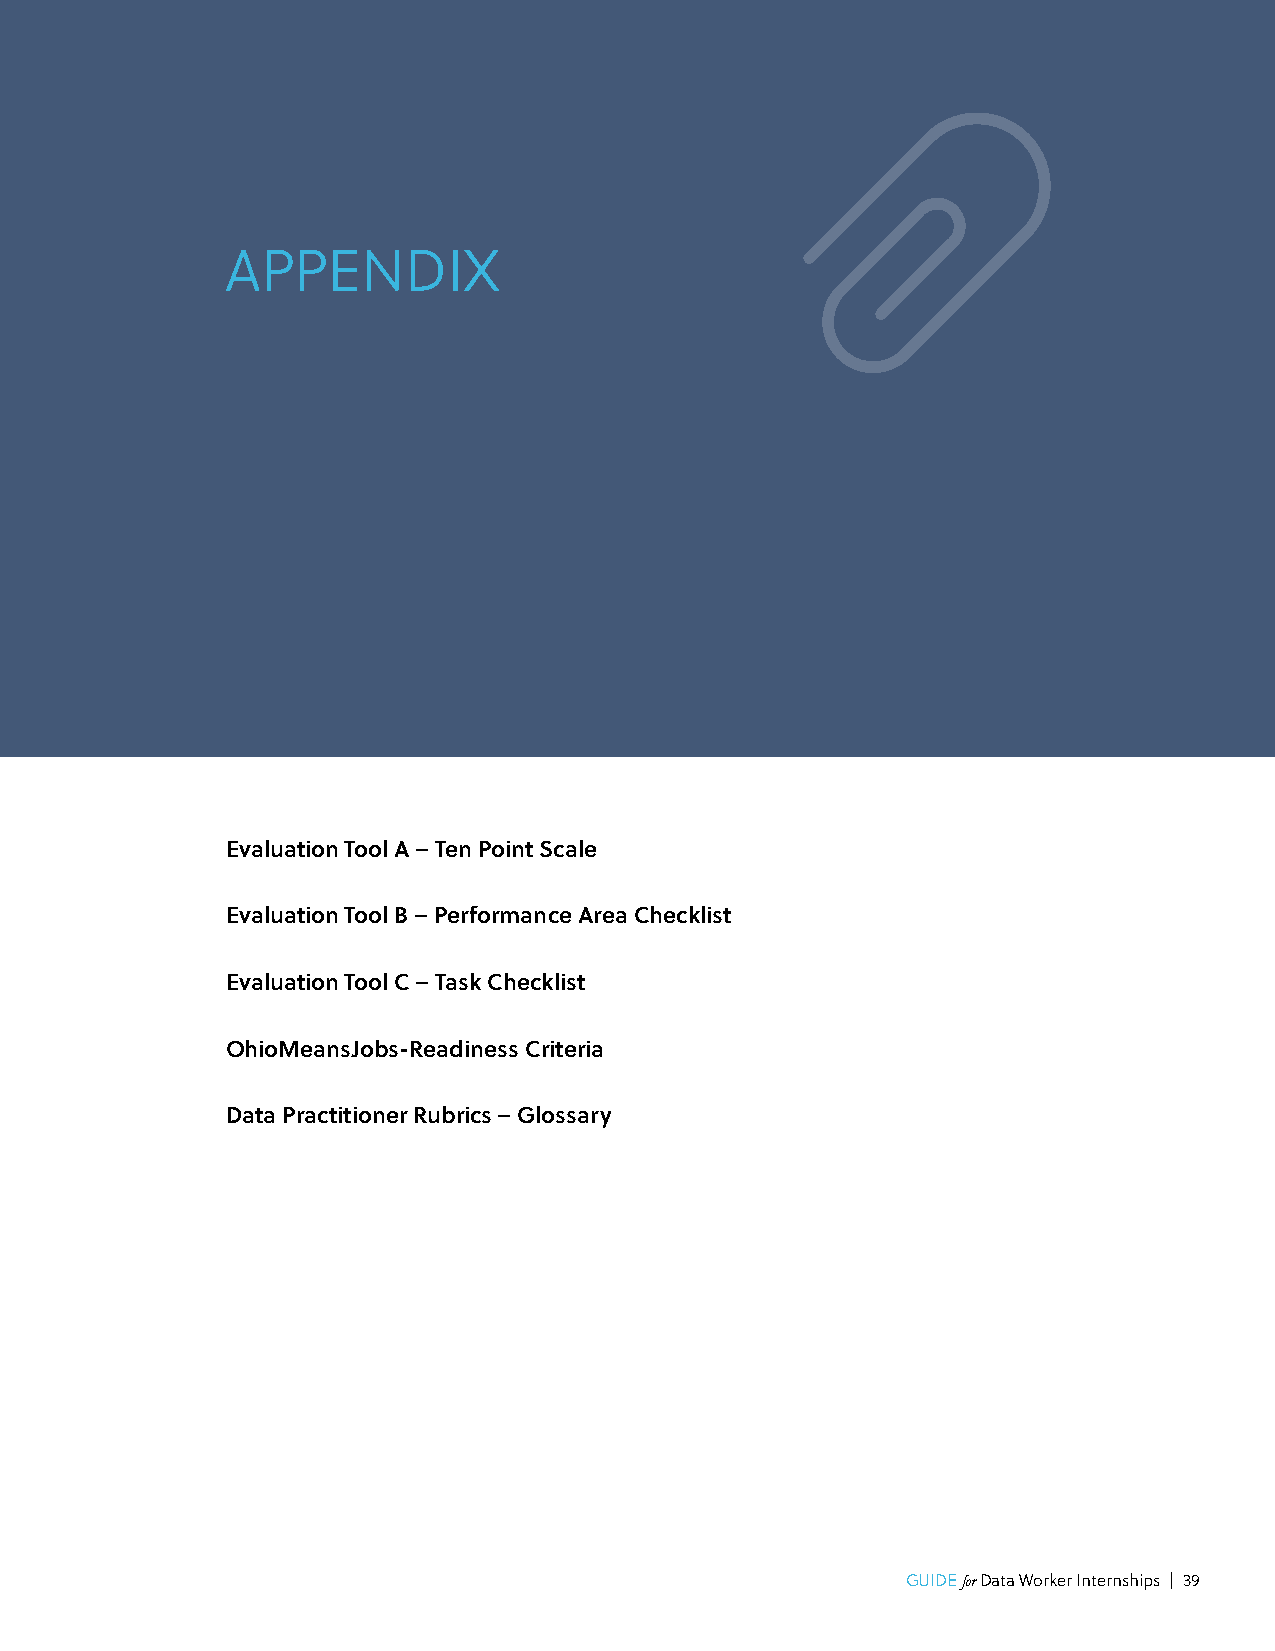
APPENDIX
 Evaluation Tool A – Ten Point Scale
 Evaluation Tool B – Performance Area Checklist
 Evaluation Tool C – Task Checklist
 OhioMeansJobs-Readiness Criteria
 Data Practitioner Rubrics – Glossary
 GUIDE for Data Worker Internships | 39